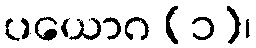
ပယောဂ (၁)၊